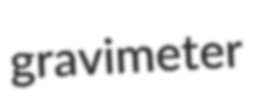
gravimeter